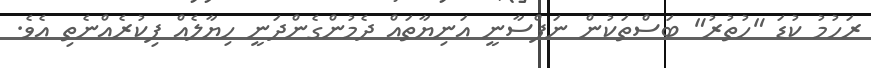
ރަހުމު ކުޑަ "ހުތުރު" ބަސްތަކުން ނަފްސާނީ އަނިޔާތައް ދެމުންގެންދަނީ ހިޔާލެއް ފިކުރެއްނެތި އެވެ.